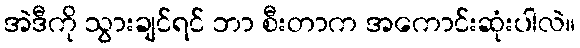
အဲဒီကို သွားချင်ရင် ဘာ စီးတာက အကောင်းဆုံးပါလဲ။